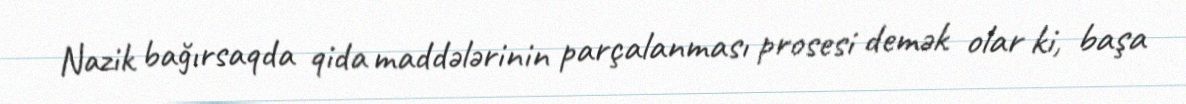
Nazik bağırsaqda qida maddələrinin parçalanması prosesi demək olar ki, başa